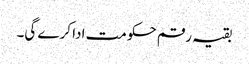
بقیہ رقم حکومت ادا کرے گی۔